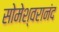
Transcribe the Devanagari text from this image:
सोमेश्वरानंद